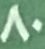
80